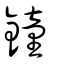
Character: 鐘